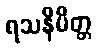
ရသနိမိတ္တ